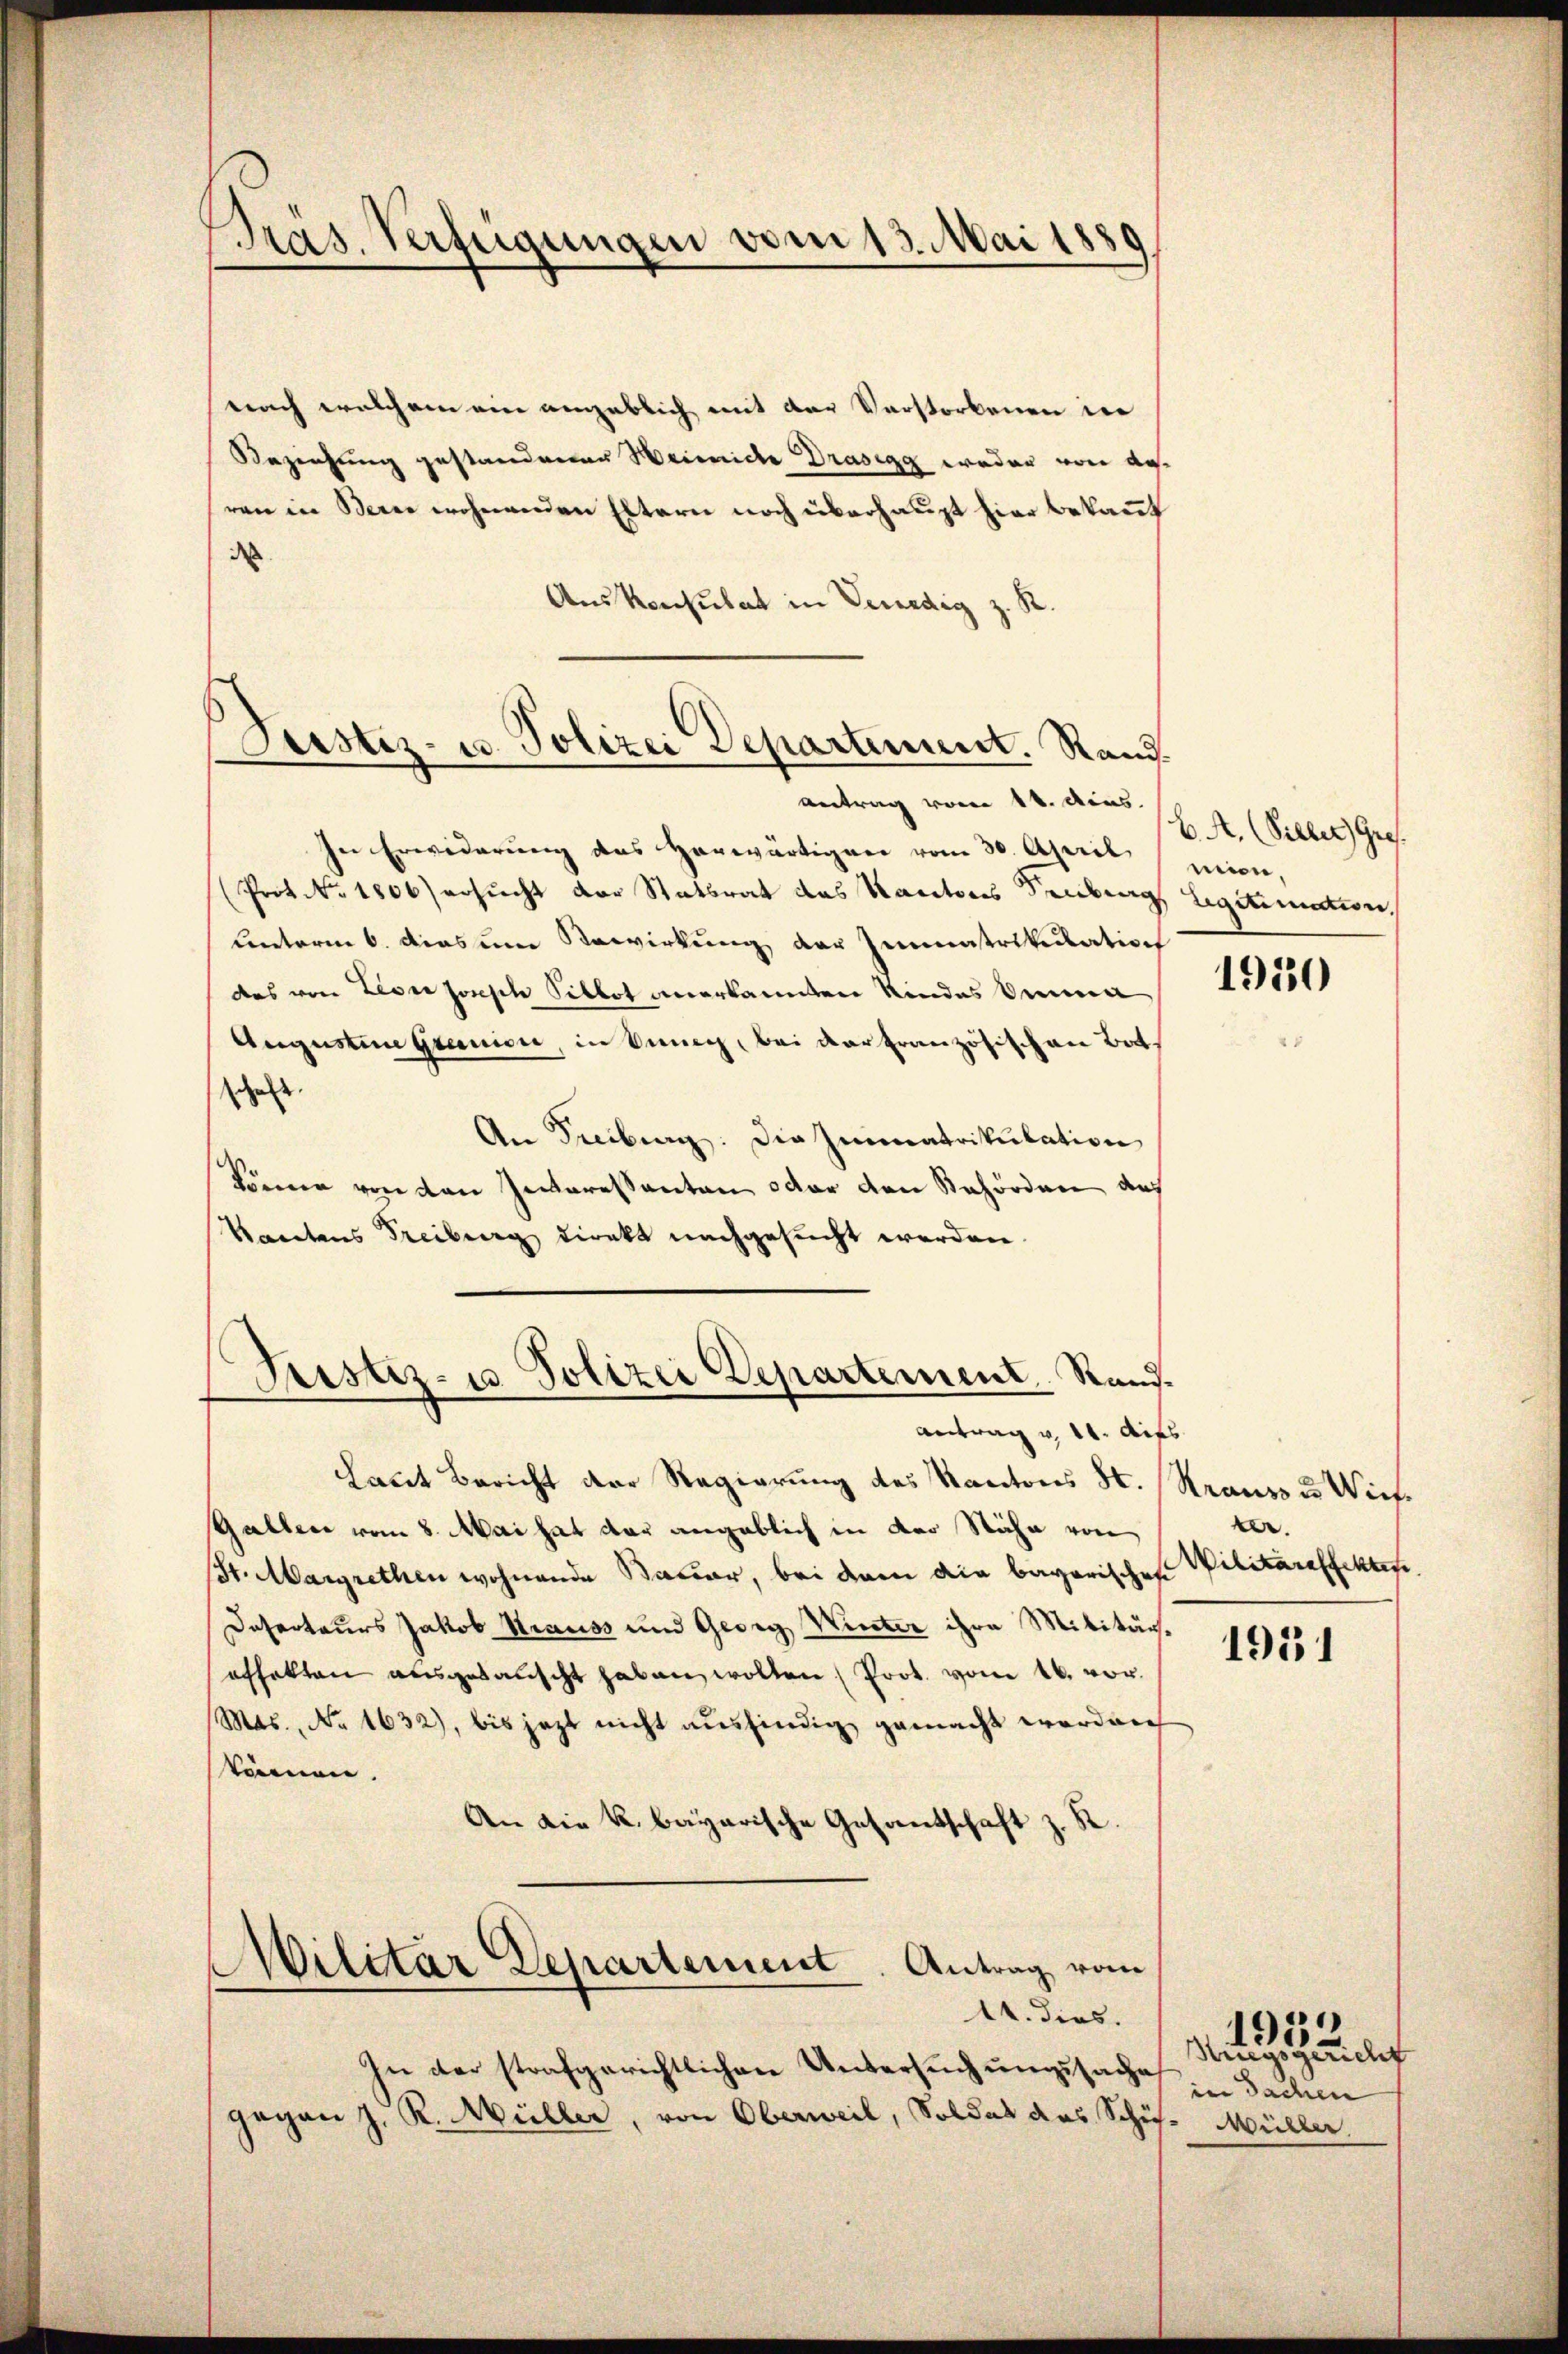
Präs. Verfügungen vom 13. Mai 1889

nach welchem ein angeblich mit der Verstorbenen in
Beziehung gestandenen Weinige Drasegg weder von desren in Berne wohnenden Eltern noch überhaupt hier bekannt
d
Aus Konsulat in Venedig

Justiz- u. Polizei Departement. Rand

Fristiz- ja Polizei Departement. Rand¬
Antrag v. 11. Aufs

Antrag vom 14. dies
In Erwiderung des Herwärtigen vom 30. April
(Prot. No. 1806) ersucht der Statsrat das Kantons Senkung
unterm 6. dies um Bewirkung der Immatrikulation
des von Leon Joseph Sibbot anerkannten Kindes Orient,
Augustine Granien, in Sinng, bei der französischen Both
schaft
An Freiburg. Die Immatrikulation
können von den Ineressanten oder den Behörden auch
Kantons Freiburg direkt nachgesucht werden.
Laut Bericht der Regierung des Kantons St. Krauszu Wies¬
Gallen vom 8. Mai hat der angeblich in der Stähe von
St. Margrethen wohnende Bauer, bei dem die bayerisches Vilitareffektes,
Deserteurs Jakob Strauss und Georg Winter ihre Militärseffekten ausgesanscht haben wollen Prot. vom 16. vor.
Mts., No 1632), bis jezt nicht ausfindig gemacht werden
skönnen.
An die k. bayerische Gesandschaft z. K
Militar Departement. Antrag vom
11. dies.
In der strafgerichtlichen Untersŭchŭngssache
gegen J. R. Müller, von Oberweil, Soldat des Schif- Müller

6. A. Willer Gres.
mien,
Legitimation

1930

.

1951

Mig
Haidet
in Sachen

195.